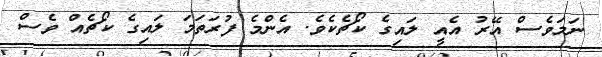
ނަމަވެސް އޭރު އެއީ ލައިގެ ކޯޗެކެވެ. އެންމެ ފުރަތަމަ ލައިގެ ކޯޗެއް ވެސް